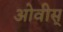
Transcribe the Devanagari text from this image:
ओवीस्